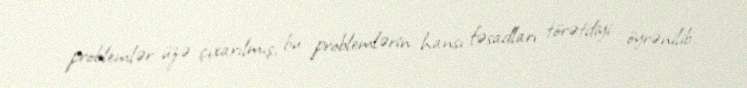
problemlər üzə çıxarılmış, bu problemlərin hansı fəsadları törətdiyi öyrənilib.